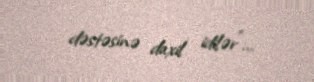
dəstəsinə daxil idilər"...